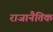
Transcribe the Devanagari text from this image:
राजानैतिक